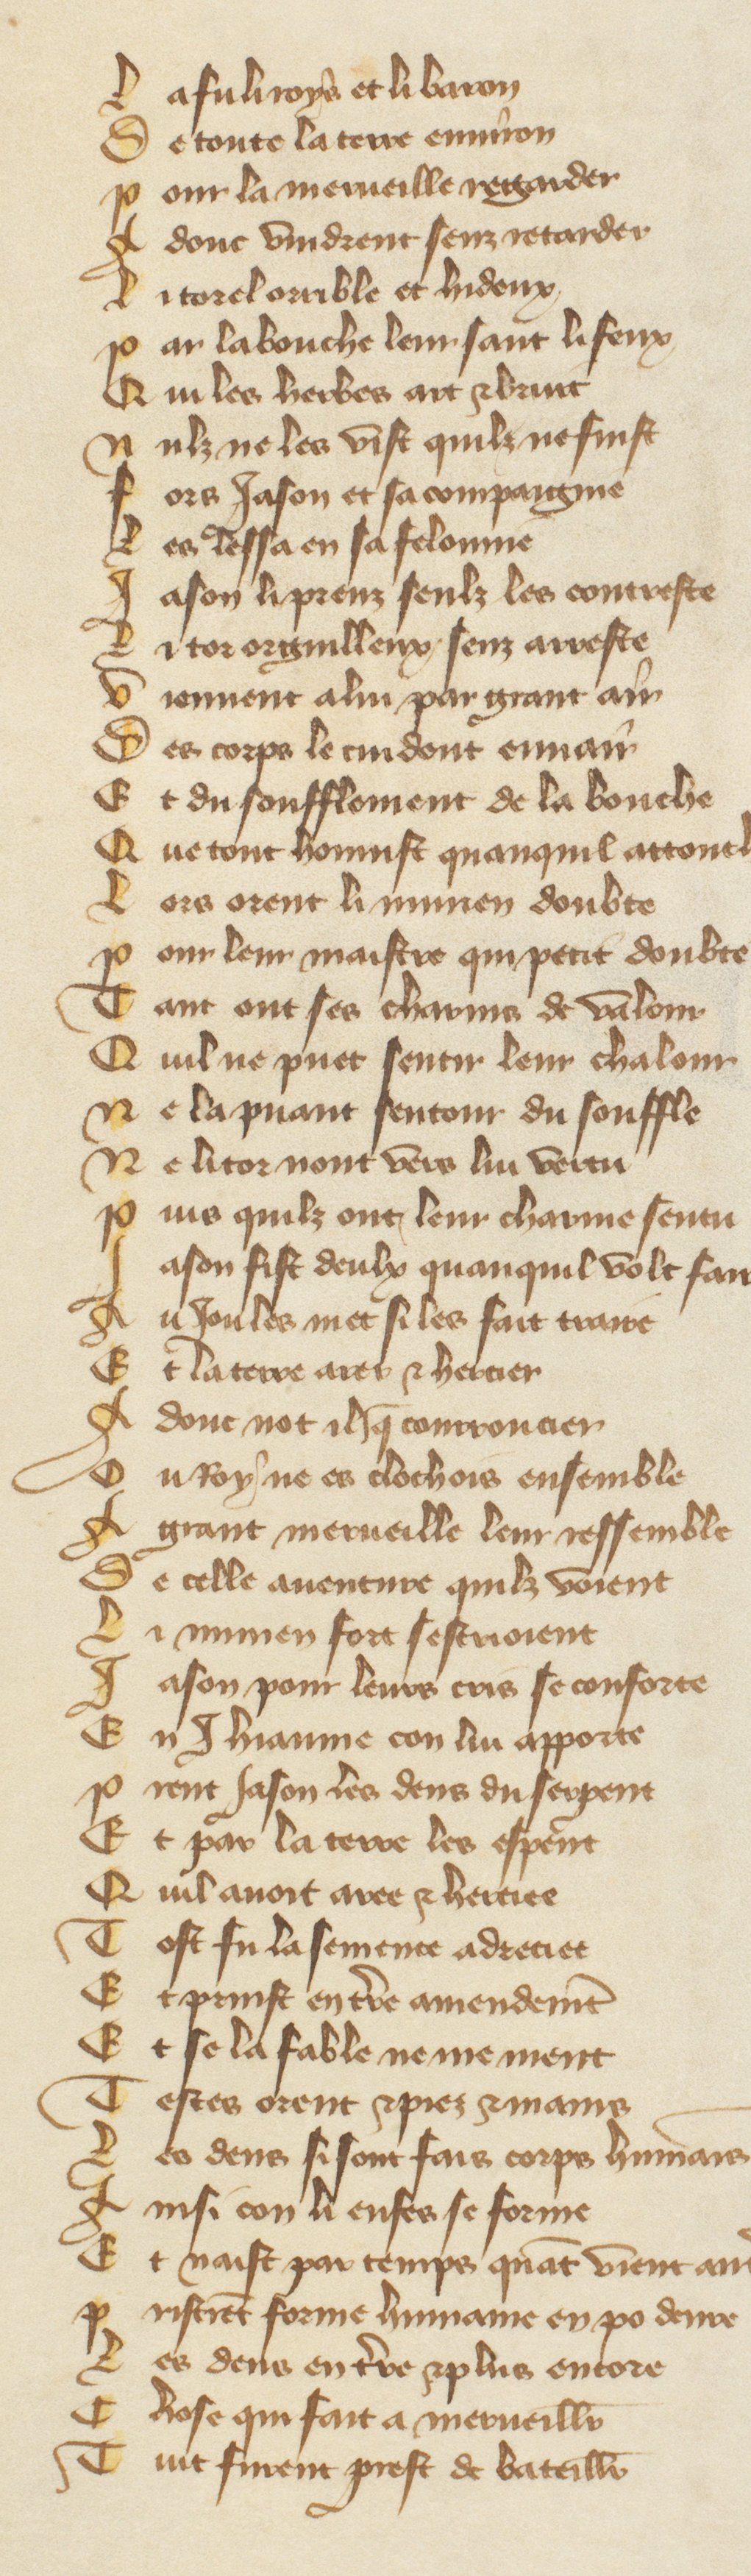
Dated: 1380–1390